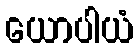
ယောပါယံ